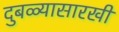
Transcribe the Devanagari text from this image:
दुबळ्यासारखी